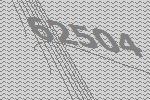
62504